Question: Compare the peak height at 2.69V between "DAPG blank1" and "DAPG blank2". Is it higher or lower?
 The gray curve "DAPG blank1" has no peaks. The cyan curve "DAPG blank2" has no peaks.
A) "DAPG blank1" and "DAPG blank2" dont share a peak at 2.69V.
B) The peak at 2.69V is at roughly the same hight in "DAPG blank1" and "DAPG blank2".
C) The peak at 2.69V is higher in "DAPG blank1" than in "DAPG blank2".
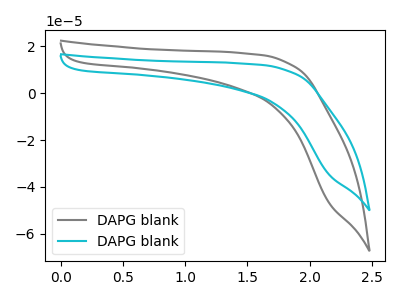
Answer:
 <answer>A) "DAPG blank1" and "DAPG blank2" dont share a peak at 2.69V.</answer>
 <eval>A</eval>